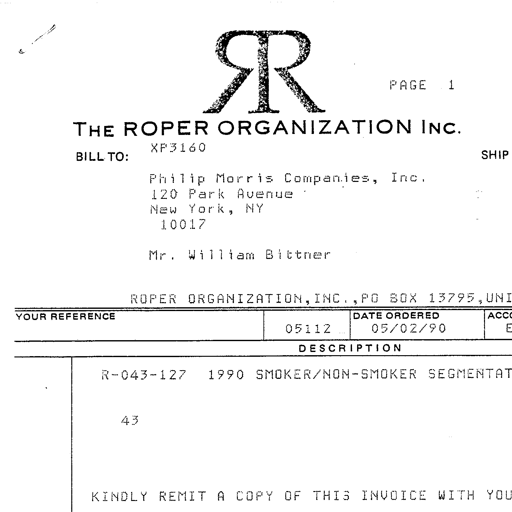
PAGE 1
THE ROPER ORGANIZATION INC.
BILL TO: XP3160
Philip Morris Companies, Inc.
120 Park Avenue
New York, NY
10017
Mr. William Bittner
ROPER ORGANIZATION, INC., PO BOX 13795, UNI
YOUR REFERENCE DATE ORDERED ACCO
05112 05/02/90 E
DESCRIPTION
R-043-127 1990 SMOKER/NON-SMOKER SEGMENTAT
43
KINDLY REMIT A COPY OF THIS INVOICE WITH YOU